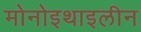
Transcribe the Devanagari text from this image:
मोनोइथाइलीन